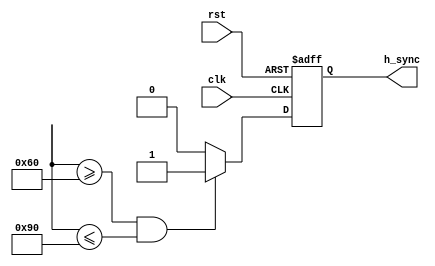
module HorizontalSyncGenerator(
    input wire clk,
    input wire rst,
    output reg h_sync
);

// Define parameters for horizontal sync pulse
parameter H_SYNC_START = 96;
parameter H_SYNC_END = 144;

// Create horizontal sync pulse generation logic
always @(posedge clk or posedge rst) begin
    if (rst) begin
        h_sync <= 1'b0;
    end else begin
        if (h_count >= H_SYNC_START && h_count <= H_SYNC_END) begin
            h_sync <= 1'b1;
        end else begin
            h_sync <= 1'b0;
        end
    end
end

endmodule